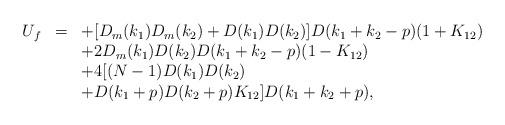
LaTeX: \begin{align*}\begin{array}{rcl}U_f&=&\displaystyle +[D_m(k_1)D_m(k_2)+D(k_1)D(k_2)]D(k_1+k_2-p)(1+K_{12})\\&&\displaystyle +2D_m(k_1)D(k_2)D(k_1+k_2-p)(1-K_{12})\\&&\displaystyle +4[(N-1)D(k_1)D(k_2)\\&&\displaystyle +D(k_1+p)D(k_2+p)K_{12}]D(k_1+k_2+p), \end{array}\end{align*}